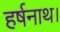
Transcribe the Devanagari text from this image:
हर्षनाथ।